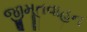
જીમૂતવાહન